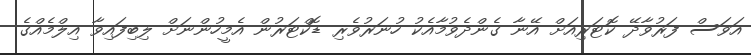
އަވަސް ފަރުވާދޭ ކޮޓަރިއަށް އޭނާ ގެންދެވުމާއެކު ހުނަރުވެރި ޑޮކްޓަރުން އެމީހުންނަށް ލިބިފައިވާ އިލްމެއްގެ